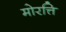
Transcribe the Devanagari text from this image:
मोरत्ति